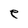
Character: e